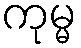
ကုမ္မ